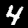
Label: 4